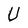
Character: U